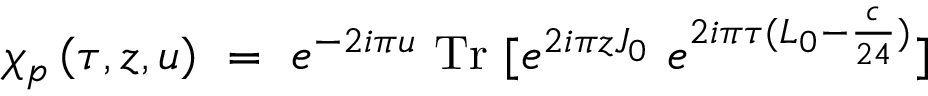
\chi _ { p } \left( \tau , z , u \right) ~ = ~ e ^ { - 2 i \pi u } \ \mathrm { T r } \ [ e ^ { 2 i \pi z J _ { 0 } } \ e ^ { 2 i \pi \tau ( L _ { 0 } - { \frac { c } { 2 4 } } ) } ]